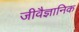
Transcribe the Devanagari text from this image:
जीवैज्ञानिक